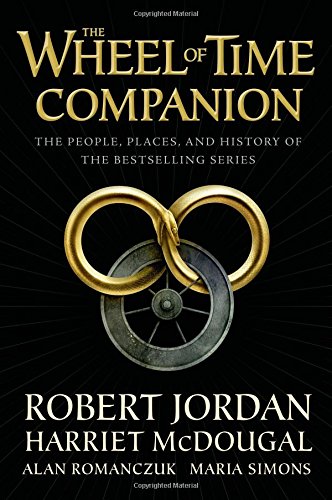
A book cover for The Wheel of Time Companion: The People, Places and History of the Bestselling Series; Robert Jordan; Science Fiction & Fantasy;